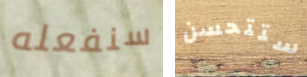
سنفعله ستتحسن